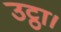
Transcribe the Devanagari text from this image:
उट्ठा।